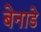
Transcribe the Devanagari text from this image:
बेनाडे